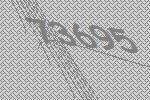
73695